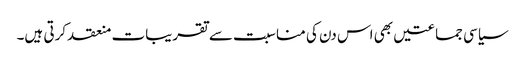
سیاسی جماعتیں بھی اس دن کی مناسبت سے تقریبات منعقد کرتی ہیں۔